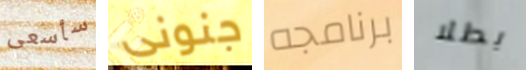
سأسعى جنونى برنامجه بطلا